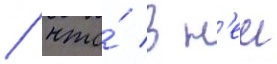
/ что́ в н'еи